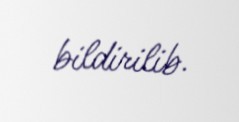
bildirilib.